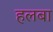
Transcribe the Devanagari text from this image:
हलबा